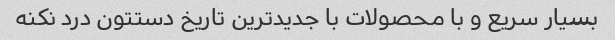
بسیار سریع و با محصولات با جدید‌ترین تاریخ دستتون درد نکنه